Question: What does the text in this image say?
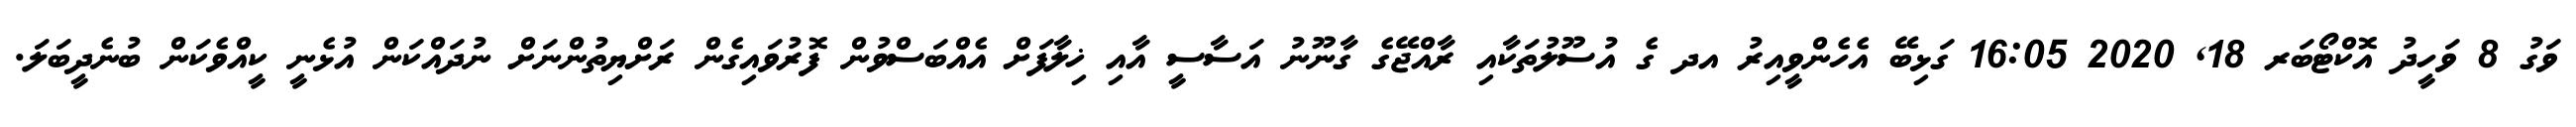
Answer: ވަގު 8 ވަހީދު އޮކްޓޯބަރ 18, 2020 16:05 ގަޅިބޭ އެހެންވީއިރު އދ ގެ އުސޫލުތަކާއި ރާއްޖޭގެ ގާނޫނު އަސާސީ އާއި ޚިލާފަށް އެއްބަސްވުން ފޮރުވައިގެން ރަށްޔިތުންނަށް ނުދައްކަން އުޅެނީ ކީއްވެކަން ބުނެދީބަލަ.